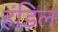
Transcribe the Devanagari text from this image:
हंडिल